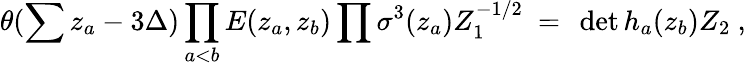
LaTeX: \theta(\sum z_{a}-3\Delta)\prod_{a<b}E(z_{a},z_{b})\prod\sigma^{3}(z_{a})Z_{1}^{-1/2}~=~\operatorname*{det}h_{a}(z_{b})Z_{2}~,